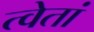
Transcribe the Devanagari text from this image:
त्वेतां